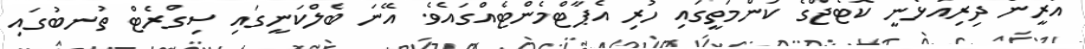
އަރީން ދިރިއުޅެނީ ކޮޓެޖްގެ ކަންމަތީގައި ހުރި އެޕާޓްމެންޓެއްގައެވެ. އޭނަ ބެލްކަނީގައި ސިގްރެޓް ތުނބުގައި